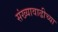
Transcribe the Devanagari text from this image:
संख्यावाढीच्या